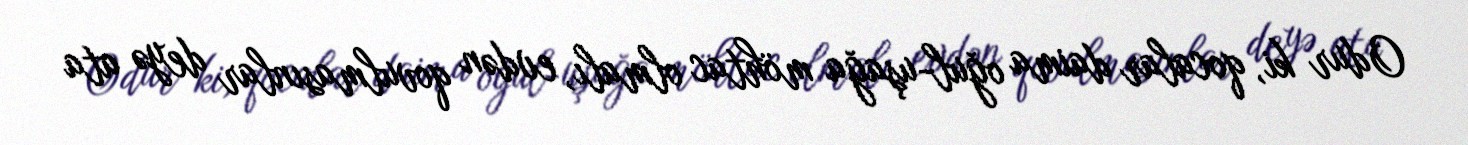
Odur ki, qocalar daima oğul-uşağa möhtac olmalı, evdən qovulmasınlar deyə ata